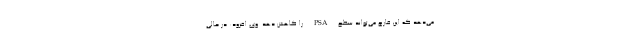
می‌دهد که این قارچ می‌تواند سطح PSA را کاهش دهد. وی افزود: در حالی